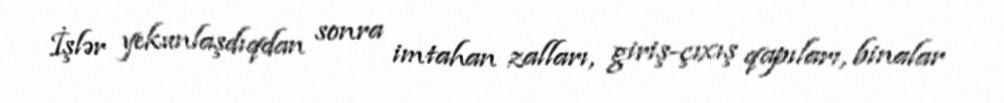
İşlər yekunlaşdıqdan sonra imtahan zalları, giriş-çıxış qapıları, binalar